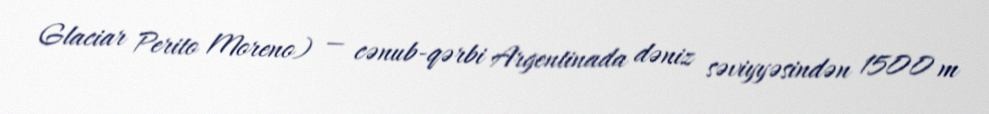
Glaciar Perito Moreno) — cənub-qərbi Argentinada dəniz səviyyəsindən 1500 m